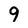
Character: 9